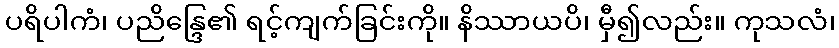
ပရိပါကံ၊ ပညိန္ဒြေ၏ ရင့်ကျက်ခြင်းကို။ နိဿာယပိ၊ မှီ၍လည်း။ ကုသလံ၊